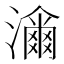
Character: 𤁶